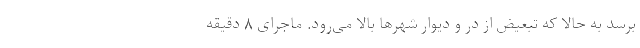
برسد به حالا که تبعیض از در و دیوار شهرها بالا می‌رود. ماجرای ۸ دقیقه